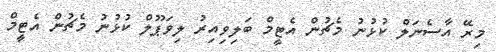
މިރޭ އާސެނަލް ކުޅުނު މެޗުން އެޓީމް ބަލިވިއިރު ލިވަޕޫލް ކުޅުނު މެޗުން އެޓީމް